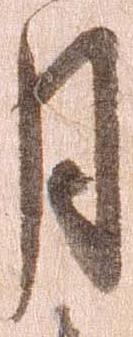
月